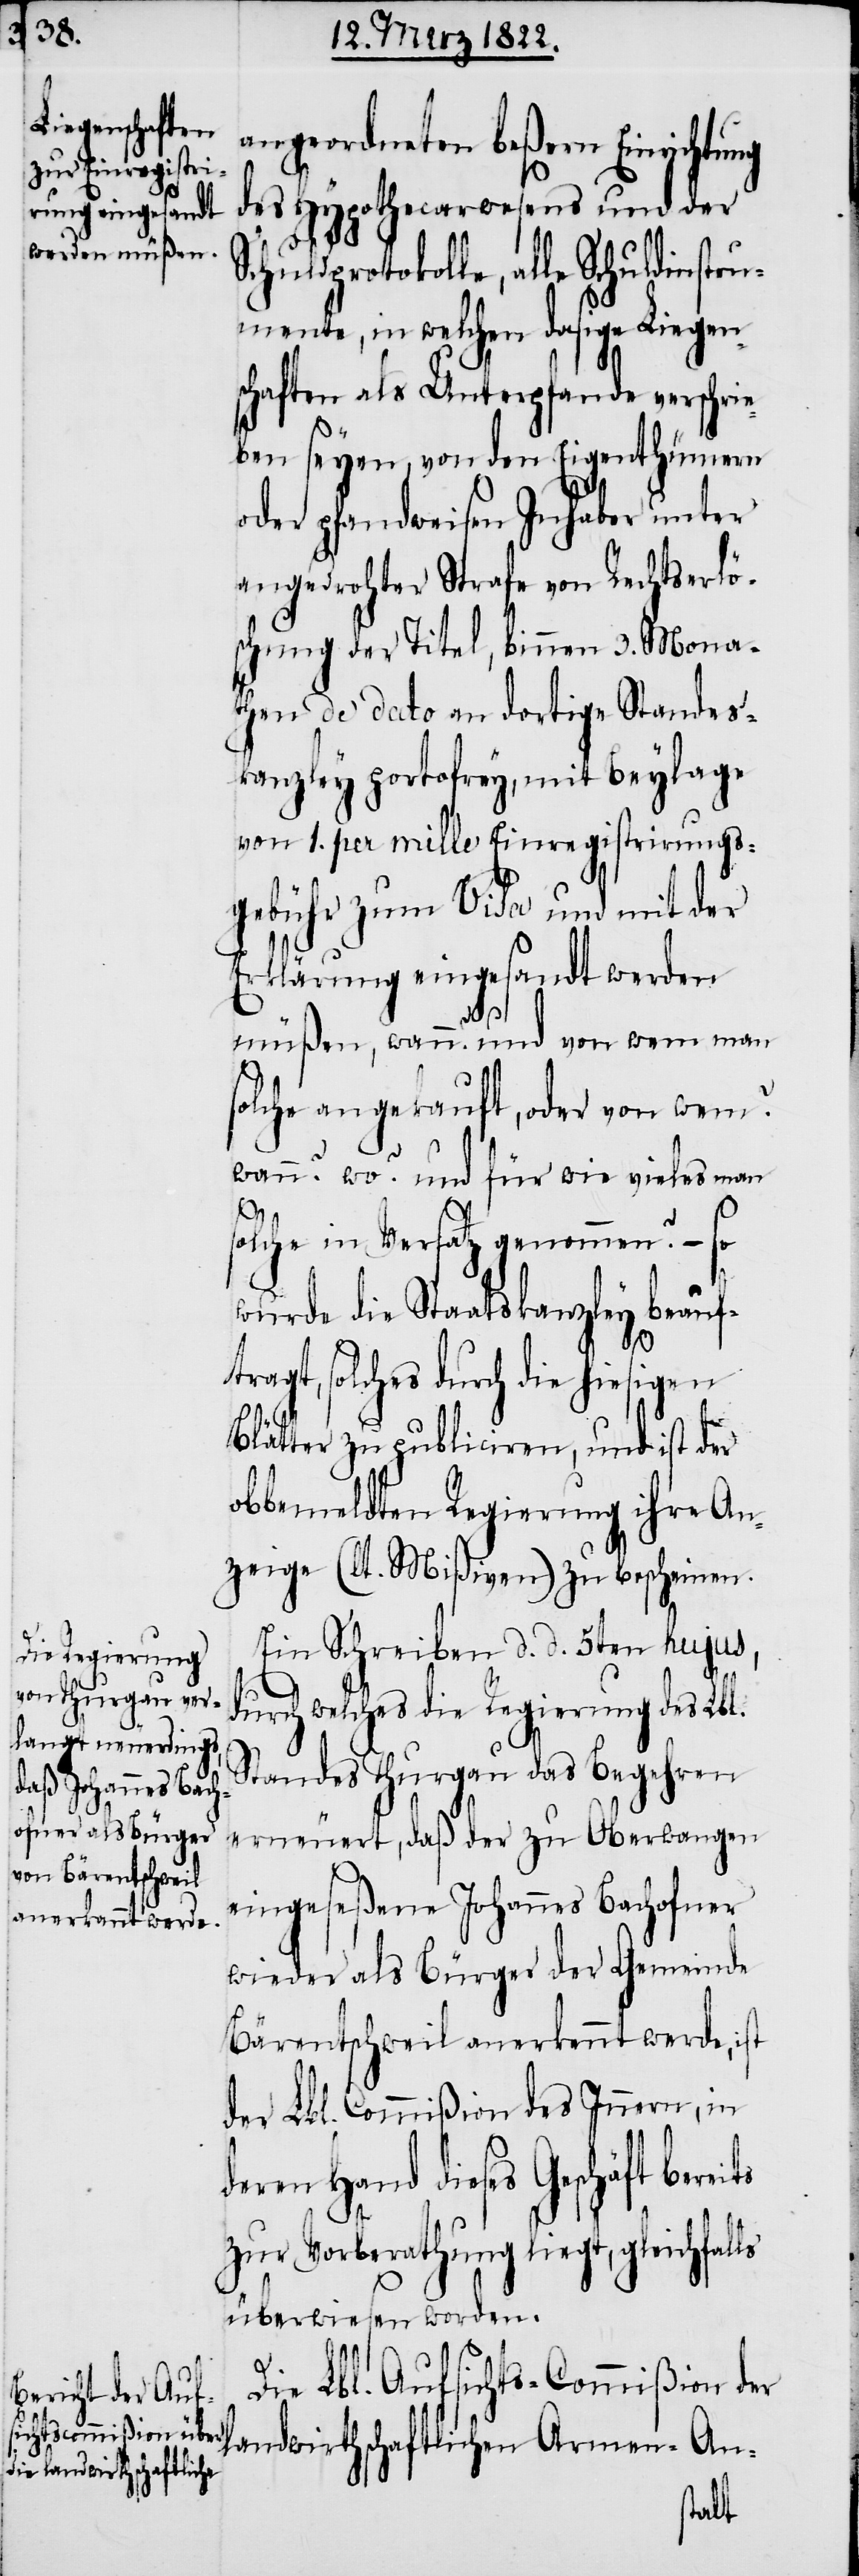
die Regierung

angeordneten beßern Einrichtung
des Hypothecarwesens und der
Schuldprotokolle, alle Schuldinstru¬
mente, in welchen dasige Liegen¬
schaften als Unterpfande verschrei¬
ben seyen, von den Eigenthümern
oder pfandweisen Inhaber unter
angedrohter Strafe von Rechtserlö¬
schung der Titel, binnen 3. Mona¬
then de dato an dortige Standes¬
kanzley portofrey, mit Beylage
von 1. per mille Einregistrirungs¬
gebühr zum Visa und mit der
Erklärung eingesandt werden
its
müßen, wann? und von wem man
solche angekauft, oder von wem?
Wann? wo? und für wie vieles man
olche in Versatz genommen? – so
wurde die Staatskanzley beauf¬
es durch die hiesigen
Blätter zu publiciren, und ist der
obbemeldten Regierung ihre An¬
zeige (lt. Mißiven) zu bescheinen.
Ein Schreiben d. d. 5ten hujus,
s¬
durch welches die Regierung des Lbl.
Standes Thurgau das Begehren
erneuert, daß der zu Oberwangen
eingeseßene Johannes Bachofner
wieder als Bürger der Gemeinde
Bärentschweil anerkennt werde, ist
der Lbl. Commißion des Innern, in
deren Hand dieses Geschäft bere¬
zur Vorberathung liegt, gleichfalls
überwiesen worden.
Die Lbl. Aufsichts-Commißion der
landwirthschaftlichen Armen-An-
solch¬